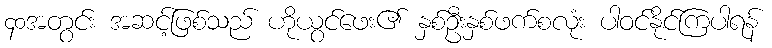
၄၀အတွင်း အဆင့်ဖြစ်သည် ဟိုယွင်ဖေး၏ နှစ်ဦးနှစ်ဖက်စလုံး ပါဝင်နိုင်ကြပါရန်